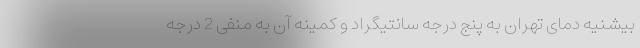
بیشنیه دمای تهران به پنج درجه سانتیگراد و کمینه آن به منفی 2 درجه